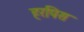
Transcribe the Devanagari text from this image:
हरपिस